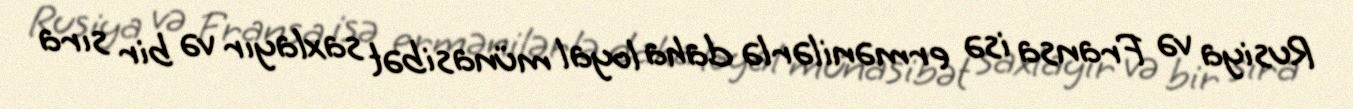
Rusiya və Fransa isə ermənilərlə daha loyal münasibət saxlayır və bir sıra